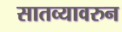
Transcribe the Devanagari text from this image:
सातव्यावरुन